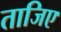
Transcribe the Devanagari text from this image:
ताजिए